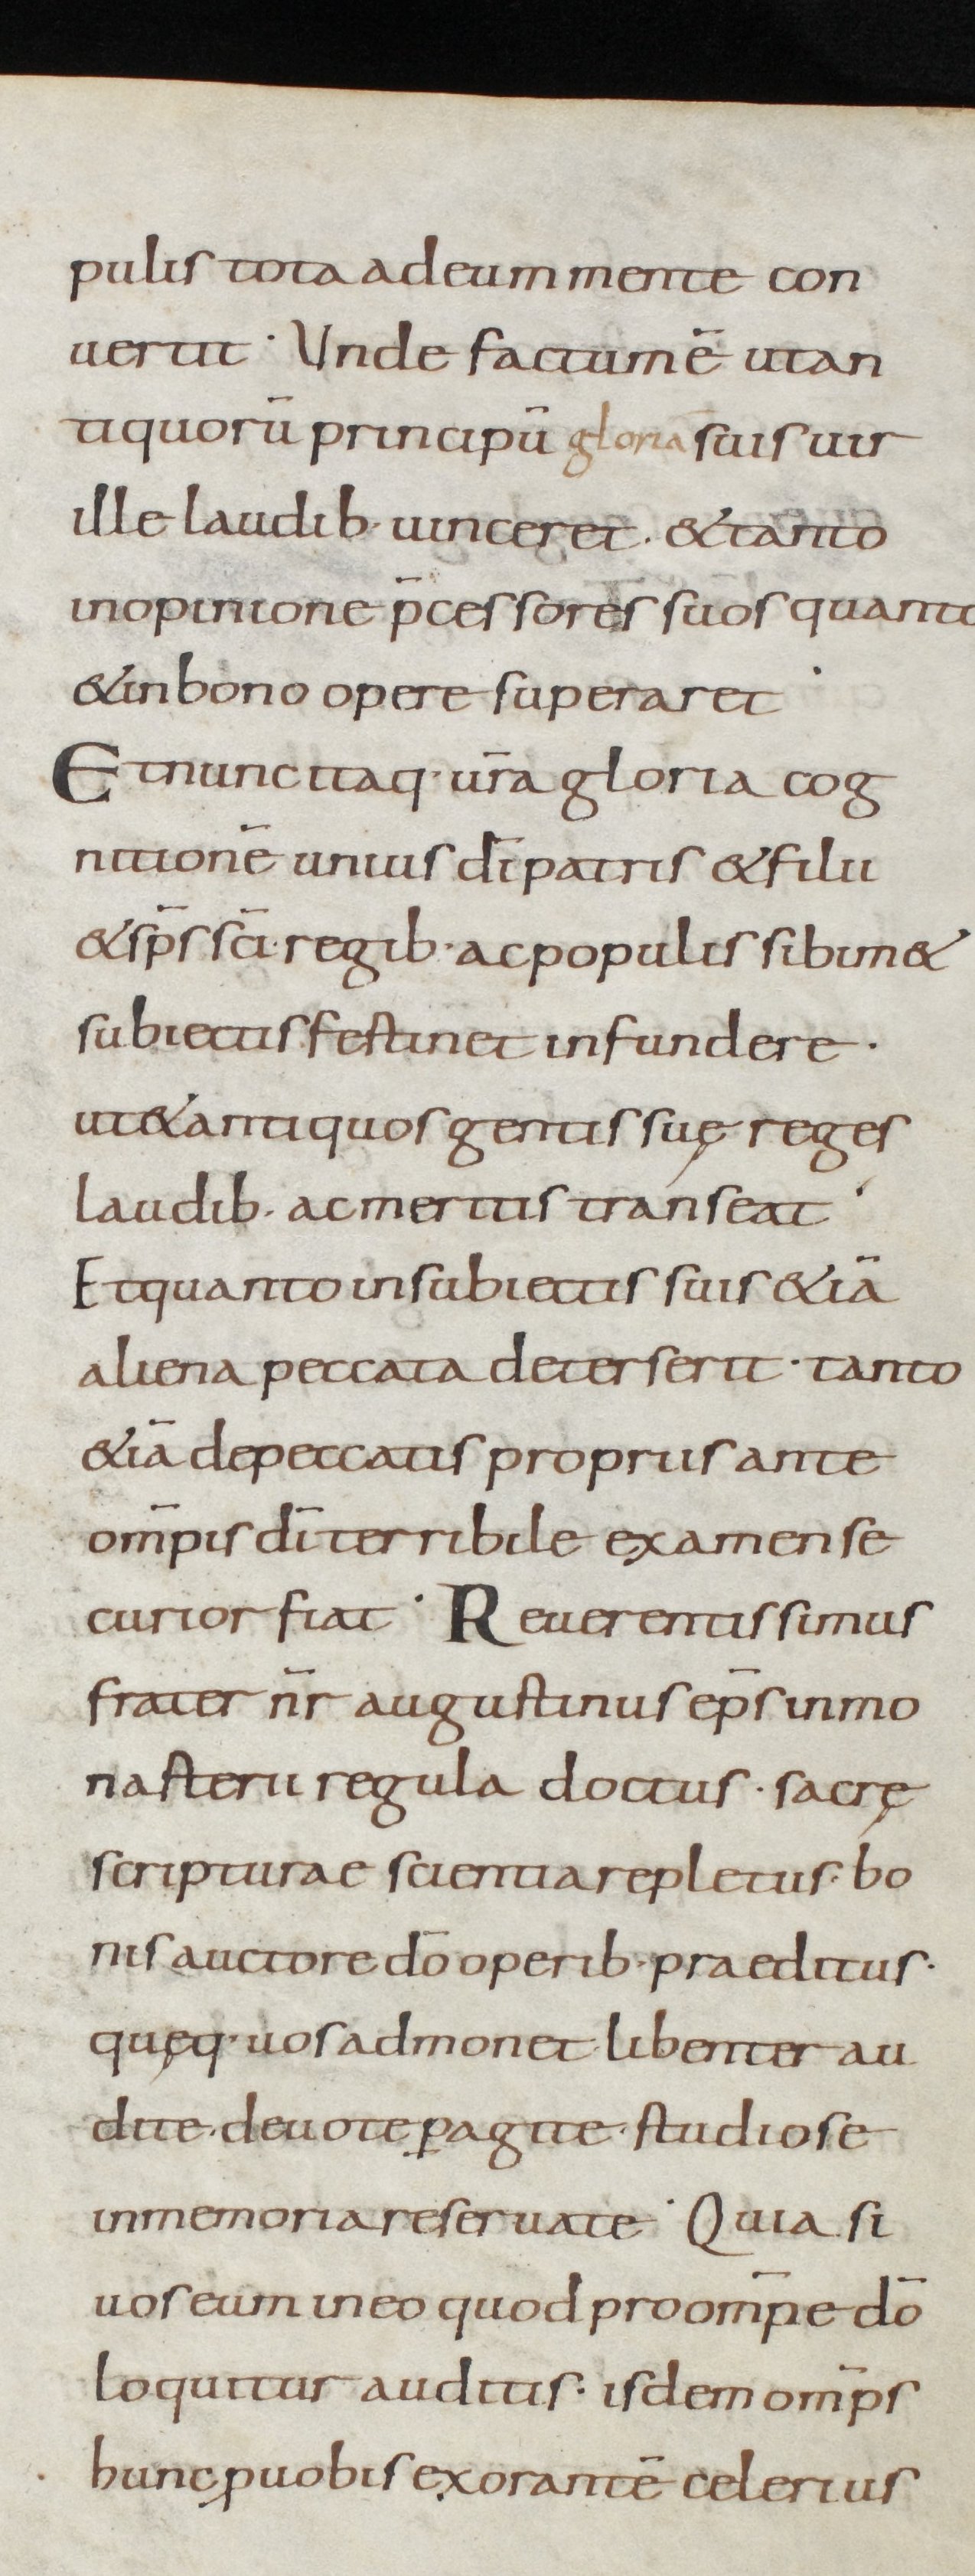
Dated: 800–899